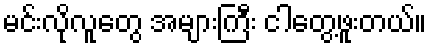
မင်းလိုလူတွေ အများကြီး ငါတွေ့ဖူးတယ်။